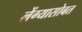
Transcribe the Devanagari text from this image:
लेंग्यासोबत